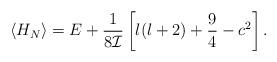
LaTeX: \begin{align*}\langle H_{N}\rangle=E+\frac{1}{8{\cal I}}\left[l(l+2)+\frac{9}{4}-c^{2}\right].\end{align*}